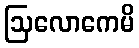
ဩလောကေမိ